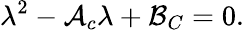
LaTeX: \lambda^{2}-{\cal A}_{c}\lambda+{\cal B}_{C}=0.